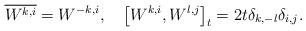
LaTeX: \begin{align*} \overline{W^{k, i}} = W^{-k, i}, \quad\big[W^{k, i}, W^{l, j} \big]_{t}= 2t \delta_{k, -l} \delta_{i, j} .\end{align*}